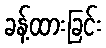
ခန့်ထားခြင်း